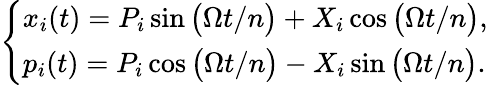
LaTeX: \begin{array}{r}{\left\{ \begin{array}{l}{x_{i}(t)=P_{i}\sin\big(\Omega t/n\big)+X_{i}\cos\big(\Omega t/n\big),}\\ {p_{i}(t)=P_{i}\cos\big(\Omega t/n\big)-X_{i}\sin\big(\Omega t/n\big).}\end{array}\right.}\end{array}